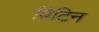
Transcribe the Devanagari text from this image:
ब्रिटिन